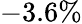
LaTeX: -3.6\%